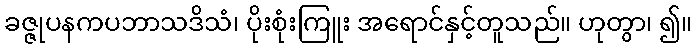
ခဇ္ဇုပနကပဘာသဒိသံ၊ ပိုးစုံးကြူး အရောင်နှင့်တူသည်။ ဟုတွာ၊ ၍။